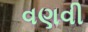
વણવી